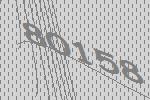
80158